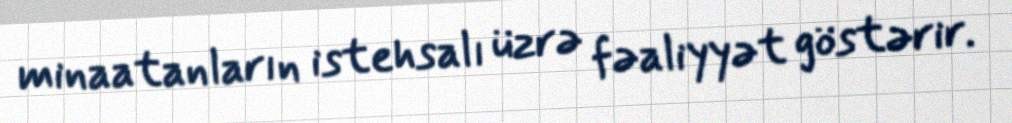
minaatanların istehsalı üzrə fəaliyyət göstərir.